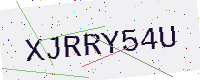
Text: XJRRY54U